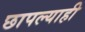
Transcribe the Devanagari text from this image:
छापल्याही